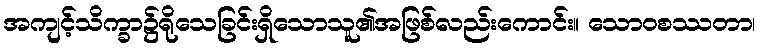
အကျင့်သိက္ခာ၌ရိုသေခြင်းရှိသောသူ၏အဖြစ်လည်းကောင်း။ သောဝစဿတာ၊